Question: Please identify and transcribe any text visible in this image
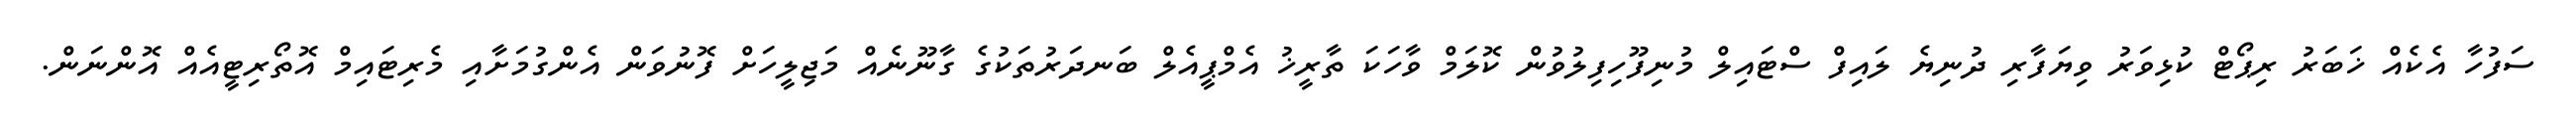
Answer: ސަފުހާ އެކެއް ޚަބަރު ރިޕޯޓް ކުޅިވަރު ވިޔަފާރި ދުނިޔެ ލައިފް ސްޓައިލް މުނިފޫހިފިލުވުން ކޮލަމް ވާހަކަ ތާރީޚު އެމްޕީއެލް ބަނދަރުތަކުގެ ގާނޫނެއް މަޖިލީހަށް ފޮނުވަން އެންގުމަށާއި މެރިޓައިމް އޮތޯރިޓީއެއް އޮންނަން.